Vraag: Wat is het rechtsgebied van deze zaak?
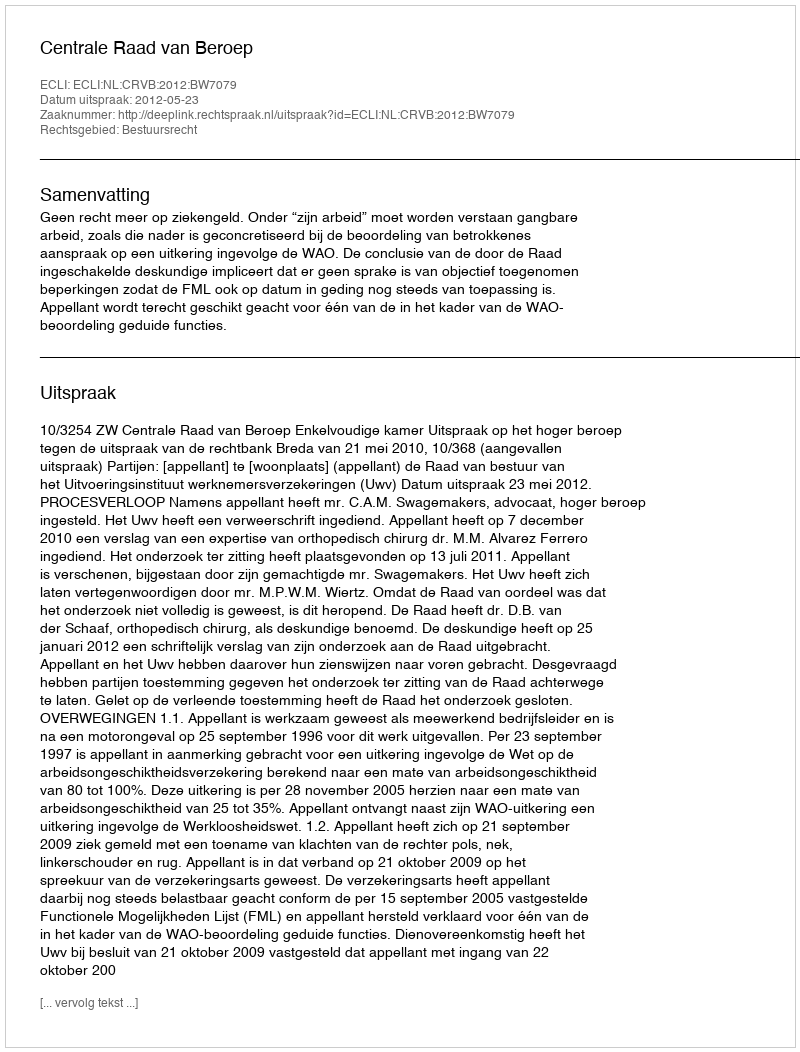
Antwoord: Bestuursrecht